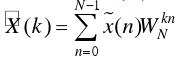
$\tilde{X}(k)=\sum_{n=0}^{N - 1} \tilde{x}(n)W_N^k$